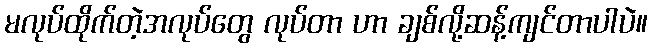
မလုပ်ထိုက်တဲ့အလုပ်တွေ လုပ်တာ ဟာ ချစ်လို့ဆန့်ကျင်တာပါပဲ။